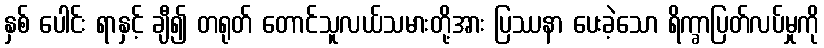
နှစ် ပေါင်း ရာနှင့် ချီ၍ တရုတ် တောင်သူလယ်သမားတို့အား ပြဿနာ ပေးခဲ့သော ရိက္ခာပြတ်လပ်မှုကို